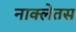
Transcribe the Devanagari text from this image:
नाक्लेतस